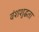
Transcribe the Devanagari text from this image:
वंशशुद्धता